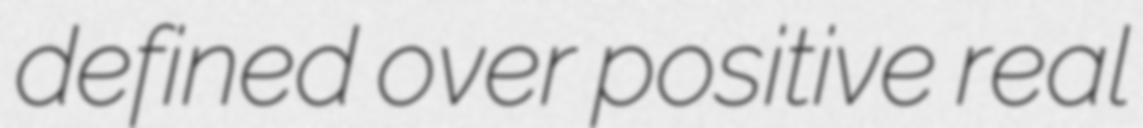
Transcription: defined over positive real